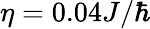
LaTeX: \eta=0.04J/\hbar